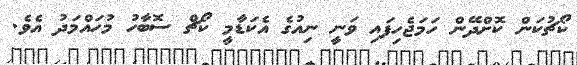
ކޯޗުކަން ކޮށްދޭން ހަމަޖެހިފައި ވަނީ ނިއުގެ އެކަޑާމީ ކޯޗް ސޮބާހު މުހައްމަދު އެވެ.